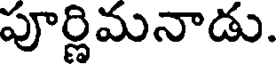
పూర్ణిమనాడు.